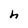
Character: h